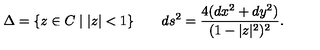
\Delta = \{ z \in C \mid | z | < 1 \} \qquad d s ^ { 2 } = \frac { 4 ( d x ^ { 2 } + d y ^ { 2 } ) } { ( 1 - | z | ^ { 2 } ) ^ { 2 } } .